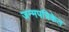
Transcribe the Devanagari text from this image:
जन्मपत्रिकेत